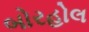
બોરહોલ